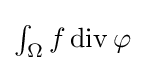
{\textstyle \int _{\Omega }f\operatorname {div} \mathbf {\varphi } }